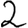
Digit: 2